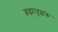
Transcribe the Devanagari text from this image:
ब्रह्मावृक्षक